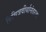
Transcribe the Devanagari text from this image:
विचित्रवीर्यानंतरचा